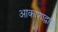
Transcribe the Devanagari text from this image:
आकाशाद्वासु